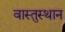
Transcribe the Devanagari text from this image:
वास्तुस्थान